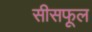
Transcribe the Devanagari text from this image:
सीसफूल